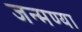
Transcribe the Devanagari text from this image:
जन्मण्या